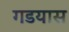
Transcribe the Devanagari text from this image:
गडयास